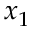
x _ { 1 }